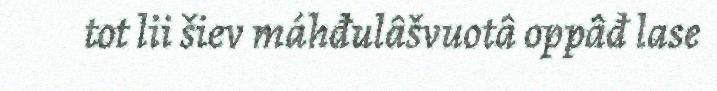
tot lii šiev máhđulâšvuotâ oppâđ lase